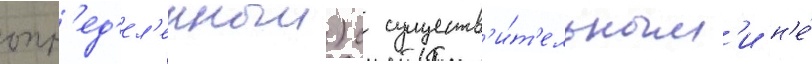
опр'ед'ел'енныи) с существ'и́т'ельным'и н'е́